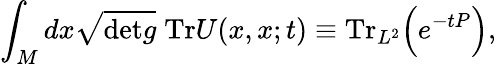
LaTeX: \int_{M}dx\sqrt{\mathrm{{det}}g}\; \mathrm{{Tr}}U(x,x;t)\equiv\mathrm{{Tr}}_{L^{2}}\Bigr(e^{-tP}\Bigr),